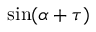
\sin ( \alpha + \tau )